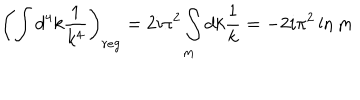
LaTeX: \left( \int d ^ { 4 } k \frac { 1 } { k ^ { 4 } } \right) _ { r e g } = 2 i \pi ^ { 2 } \int _ { m } d k \frac { 1 } { k } = - 2 i \pi ^ { 2 } \ln m